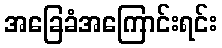
အခြေခံအကြောင်းရင်း